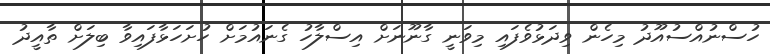
ހުސްނުއްސުއޫދު މިހެން ވިދަޅުވެފައި މިވަނީ ގާނޫނަށް އިސްލާހު ގެނައުމަށް ހުށަހަޅާފައިވާ ބިލަށް ތާއީދު